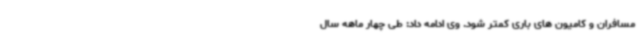
مسافران و کامیون های باری کمتر شود. وی ادامه داد: طی چهار ماهه سال